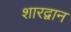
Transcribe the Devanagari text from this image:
शारद्वान